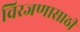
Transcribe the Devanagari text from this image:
विरजणासाठी